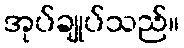
အုပ်ချုပ်သည်။